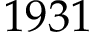
1 9 3 1